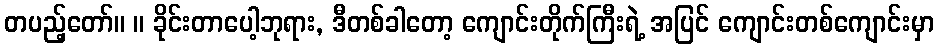
တပည့်တော်။ ။ ခိုင်းတာပေါ့ဘုရား, ဒီတစ်ခါတော့ ကျောင်းတိုက်ကြီးရဲ့ အပြင် ကျောင်းတစ်ကျောင်းမှာ